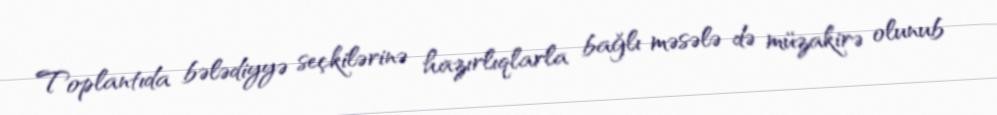
Toplantıda bələdiyyə seçkilərinə hazırlıqlarla bağlı məsələ də müzakirə olunub